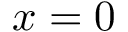
x = 0